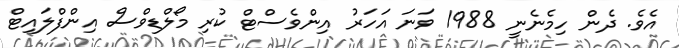
އެވެ. ދެން ހިމެނެނީ 1988 ވަނަ އަހަރު އިންވެސްޓް ކުރި މޯލްޑިވްސް އިންފްލައިޓް